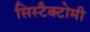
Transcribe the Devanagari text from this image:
सिस्टैक्टोमी